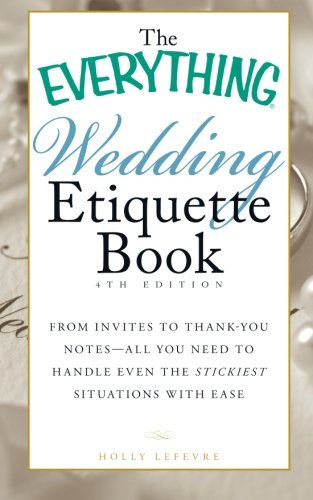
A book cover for The Everything Wedding Etiquette Book: From Invites to Thank-you Notes - All You Need to Handle Even the Stickiest Situations with Ease; Holly Lefevre; Crafts, Hobbies & Home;